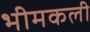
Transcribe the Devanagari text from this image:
भीमकली